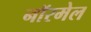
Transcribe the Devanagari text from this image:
नॉरमेल